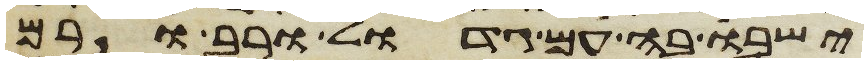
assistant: ישבו בה עם גדול ורב ורם